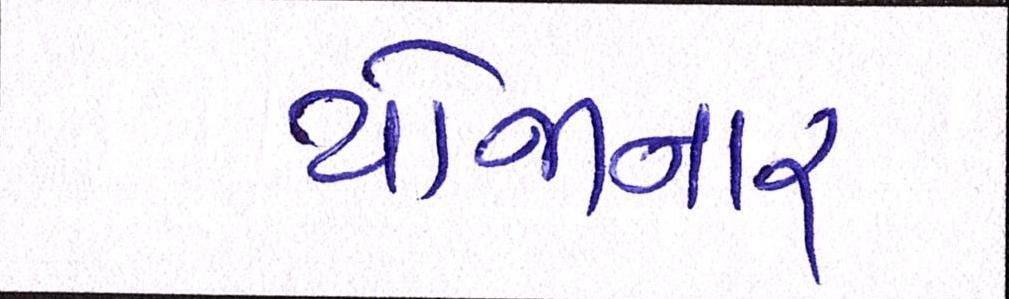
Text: યોજાનાર